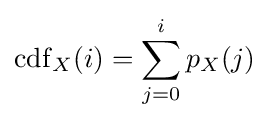
\operatorname {cdf} _{X}(i)=\sum _{j=0}^{i}p_{X}(j)